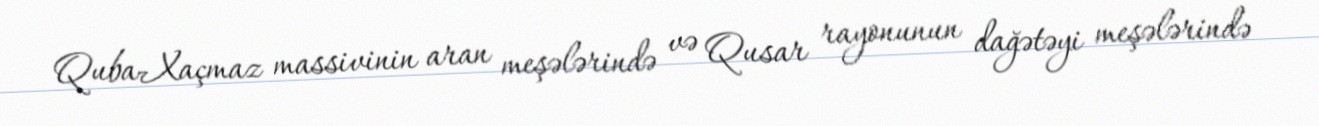
Quba-Xaçmaz massivinin aran meşələrində və Qusar rayonunun dağətəyi meşələrində